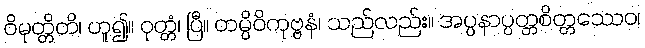
ဝိမုတ္တိတိ၊ ဟူ၍။ ဝုတ္တံ၊ ပြီ။ တမ္ပိဝိကုဗ္ဗနံ၊ သည်လည်း။ အပ္ပနာပ္ပတ္တစိတ္တဿေဝ၊